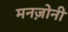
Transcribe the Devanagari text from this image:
मनज़ोनी